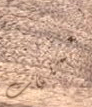
بعمليات